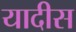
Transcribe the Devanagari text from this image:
यादीस